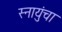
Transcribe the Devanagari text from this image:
स्नायुंचा